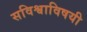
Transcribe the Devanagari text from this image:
सविश्वाविषयी